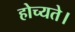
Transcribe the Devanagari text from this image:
होच्यते।